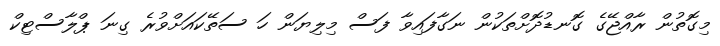
މިގޮތުން ރާއްޖޭގެ ގޮނޑުދޮށްތަކުން ނަގާފައިވާ ފަސް މިލިޔަން ހަ ސަތޭކައަށްވުރެ ގިނަ ޕްލާސްޓިކް